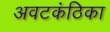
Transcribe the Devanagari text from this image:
अवटकंठिका